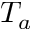
T _ { a }